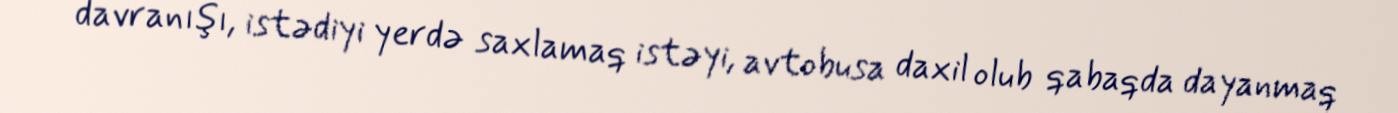
davranışı, istədiyi yerdə saxlamaq istəyi, avtobusa daxil olub qabaqda dayanmaq